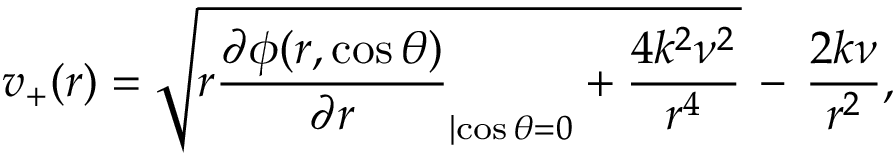
v _ { + } ( r ) = \sqrt { r \frac { \partial \phi ( r , \cos \theta ) } { \partial r } _ { | { \cos \theta = 0 } } + \frac { 4 k ^ { 2 } \nu ^ { 2 } } { r ^ { 4 } } } \, - \, \frac { 2 k \nu } { r ^ { 2 } } ,